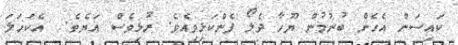
ކައިސަން އެހެން ބުނުމުން ޔޫހާ ދެލޯ ފެންކަޅިވިއެވެ. ރުޅިވެސް އަޔެވެ.  އެކަހަލަ